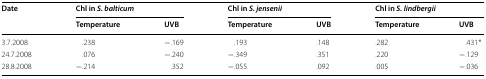
<table><thead><tr><td rowspan="2"><b>Date</b></td><td colspan="2"><b>Chl in <i>S. balticum</i></b></td><td colspan="2"><b>Chl in <i>S. jensenii</i></b></td><td colspan="2"><b>Chl in <i>S. lindbergii</i></b></td></tr><tr><td><b>Temperature</b></td><td><b>UVB</b></td><td><b>Temperature</b></td><td><b>UVB</b></td><td><b>Temperature</b></td><td><b>UVB</b></td></tr></thead><tbody><tr><td>3.7.2008</td><td>.238</td><td>−.169</td><td>.193</td><td>.148</td><td>.282</td><td>.431*</td></tr><tr><td>24.7.2008</td><td>.076</td><td>−.240</td><td>−.349</td><td>.351</td><td>.220</td><td>−.129</td></tr><tr><td>28.8.2008</td><td>−.214</td><td>.352</td><td>−.055</td><td>.092</td><td>.005</td><td>−.036</td></tr></tbody></table>